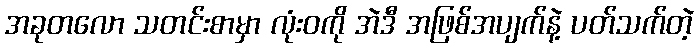
အခုတလော သတင်းစာမှာ လုံးဝကို အဲဒီ အဖြစ်အပျက်နဲ့ ပတ်သက်တဲ့